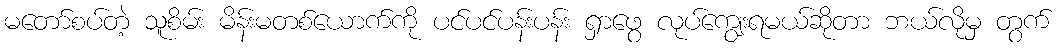
မတော်စပ်တဲ့ သူစိမ်း မိန်းမတစ်ယောက်ကို ပင်ပင်ပန်းပန်း ရှာဖွေ လုပ်ကျွေးရမယ်ဆိုတာ ဘယ်လိုမှ တွက်